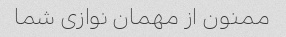
ممنون از مهمان نوازی شما